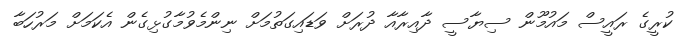
ކުރީގެ ރައީސް މައުމޫން ސިޔާސީ ދާއިރާއާ ދުރަށް ވަޑައިގަތުމަށް ނިންމެވުމާގުޅިގެން އެކަމަށް މަރުހަބާ